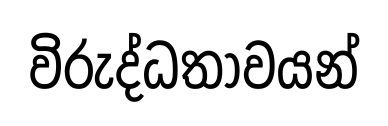
විරුද්ධතාවයන්